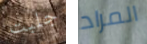
جلبت المراد